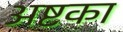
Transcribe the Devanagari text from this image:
अष्टका